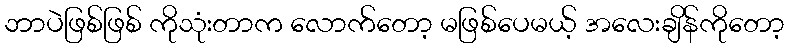
ဘာပဲဖြစ်ဖြစ် ကိုသုံးတာက လောက်တော့ မဖြစ်ပေမယ့် အလေးချိန်ကိုတော့